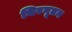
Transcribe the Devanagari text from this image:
चिरनूतन